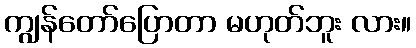
ကျွန်တော်ပြောတာ မဟုတ်ဘူး လား။